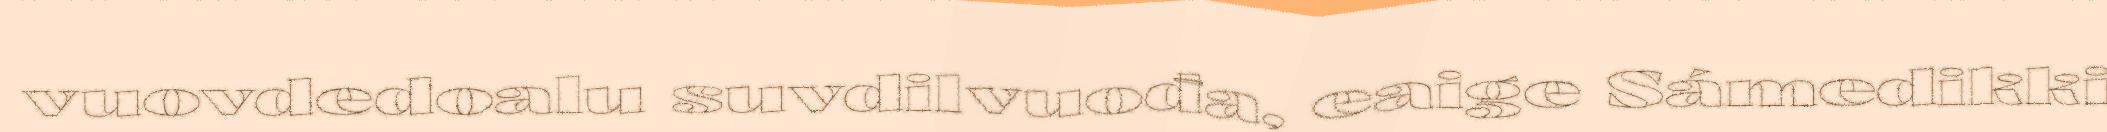
vuovdedoalu suvdilvuođa, eaige Sámedikki